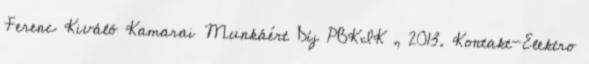
Ferenc Kiváló Kamarai Munkáért Díj PBKIK , 2013. Kontakt-Elektro